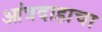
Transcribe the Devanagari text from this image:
आंत्रदाहाचा